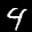
Label: 4